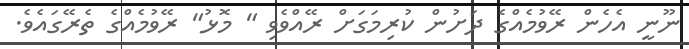
ނޫނީ އެހެން ރޭވުމެއްގެ ދަށުން ކުރިމަގަށް ރޭއްވެވި " މޮޅު" ރޭވުމެއްގެ ތެރޭގައެވެ.